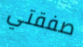
صفقتي